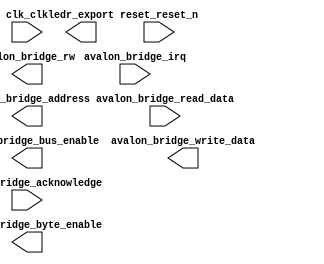

module nios_system (
	avalon_bridge_acknowledge,
	avalon_bridge_irq,
	avalon_bridge_address,
	avalon_bridge_bus_enable,
	avalon_bridge_byte_enable,
	avalon_bridge_rw,
	avalon_bridge_write_data,
	avalon_bridge_read_data,
	clk_clk,
	ledr_export,
	reset_reset_n);	

	input		avalon_bridge_acknowledge;
	input		avalon_bridge_irq;
	output	[10:0]	avalon_bridge_address;
	output		avalon_bridge_bus_enable;
	output	[1:0]	avalon_bridge_byte_enable;
	output		avalon_bridge_rw;
	output	[15:0]	avalon_bridge_write_data;
	input	[15:0]	avalon_bridge_read_data;
	input		clk_clk;
	output	[9:0]	ledr_export;
	input		reset_reset_n;
endmodule